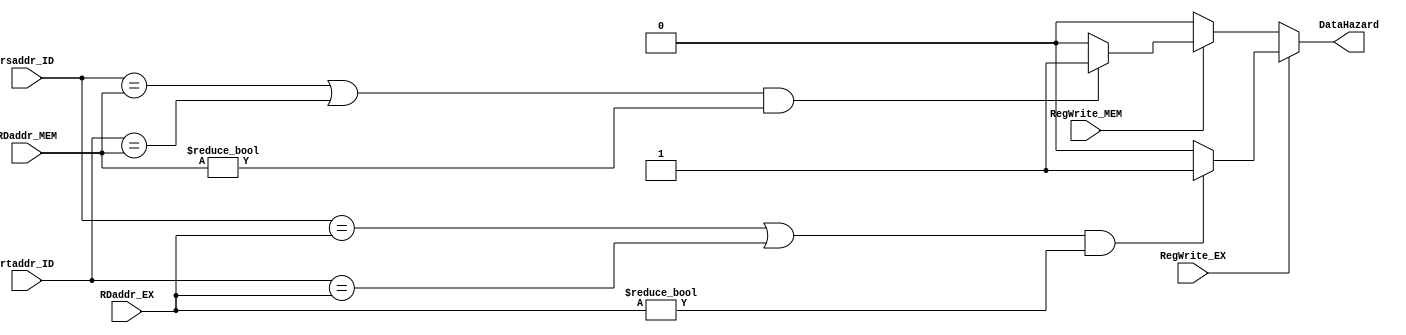
module Data_Hazard(
           rsaddr_ID,
           rtaddr_ID,
           RDaddr_EX,
           RDaddr_MEM,
           RegWrite_EX,
           RegWrite_MEM,
           DataHazard
       );
input [2:0] rsaddr_ID;
input [2:0] rtaddr_ID;
input [2:0] RDaddr_EX;
input [2:0] RDaddr_MEM;
input RegWrite_EX;
input RegWrite_MEM;

output reg DataHazard;

always@(*)
begin
    if(RegWrite_EX)
    begin
        if(((rsaddr_ID == RDaddr_EX) | | (rtaddr_ID == RDaddr_EX)) && (RDaddr_EX != 3'b0))
        begin
            DataHazard = 1'b1;
        end
        else
        begin
            DataHazard = 1'b0;
        end
    end

    else if (RegWrite_MEM)
    begin
        if(((rsaddr_ID == RDaddr_MEM) | | (rtaddr_ID == RDaddr_MEM)) && (RDaddr_MEM != 3'b0))
        begin
            DataHazard = 1'b1;
        end
        else
        begin
            DataHazard = 1'b0;
        end
    end

    else
    begin
        DataHazard = 1'b0;
    end
end



endmodule